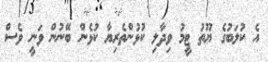
އެ ކުލަބުގެ ޔޫތު ޓީމު ވިދާލި ކުޅުންތެރިޔާ ކުޅެން ބޭނުން ވަނީ ވެސް